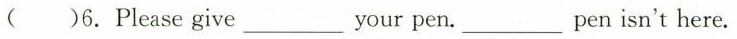
( ) 6.Please give ___ your pen. ___ pen isn't here.